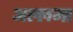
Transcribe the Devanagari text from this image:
अल्लमा